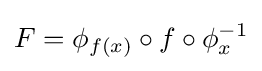
F=\phi _{f(x)}\circ f\circ \phi _{x}^{-1}